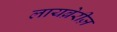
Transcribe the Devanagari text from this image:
लायब्रेरीज़